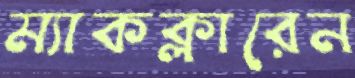
ম্যাকক্লারেন